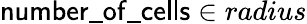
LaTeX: \mathsf{number\_ of\_ cells}\in radius